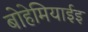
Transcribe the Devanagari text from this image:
बोहेमियाईइ